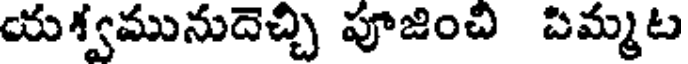
యశ్వమునుదెచ్చి పూజించి పిమ్మట